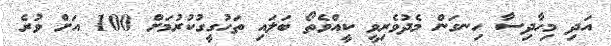
އަދި މިހާދިސާ ހިނގަން މެދުވެރިވީ ކީއްވެތޯ ބަލައި ތަހުގީގުކުރުމަށް 100 އަށް ވުރެ